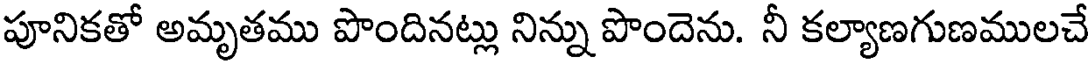
పూనికతో అమృతము పొందినట్లు నిన్ను పొందెను. నీ కల్యాణగుణములచే